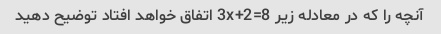
آنچه را که در معادله زیر 3x+2=8 اتفاق خواهد افتاد توضیح دهید